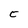
Character: C